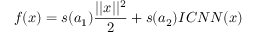
f ( x ) = s ( a _ { 1 } ) \frac { | | x | | ^ { 2 } } { 2 } + s ( a _ { 2 } ) I C N N ( x )